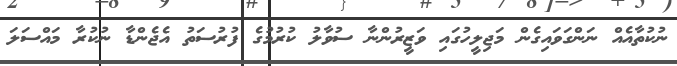
ނުކުތާއެއް ނަަންގަވައިގެން މަޖިލީީހުގައި ވަޒީރުންނާ ސުވާލު ކުރުމުގެ ފުރުސަތު އެޖެންޑާ ނުކުރާ މައްސަލަ